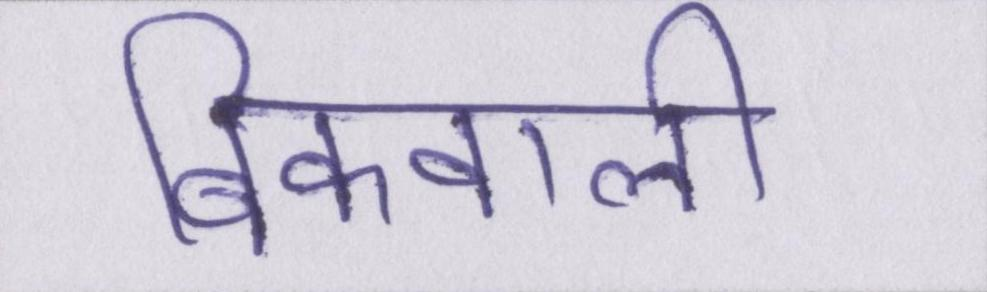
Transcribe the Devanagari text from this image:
बिकवाली